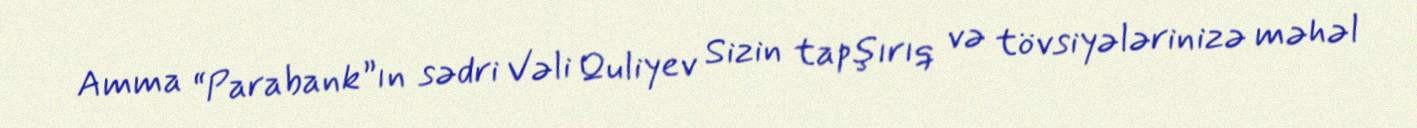
Amma “Parabank”ın sədri Vəli Quliyev Sizin tapşırıq və tövsiyələrinizə məhəl